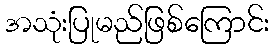
အသုံးပြုမည်ဖြစ်ကြောင်း